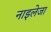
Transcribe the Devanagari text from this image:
नाइलेजा